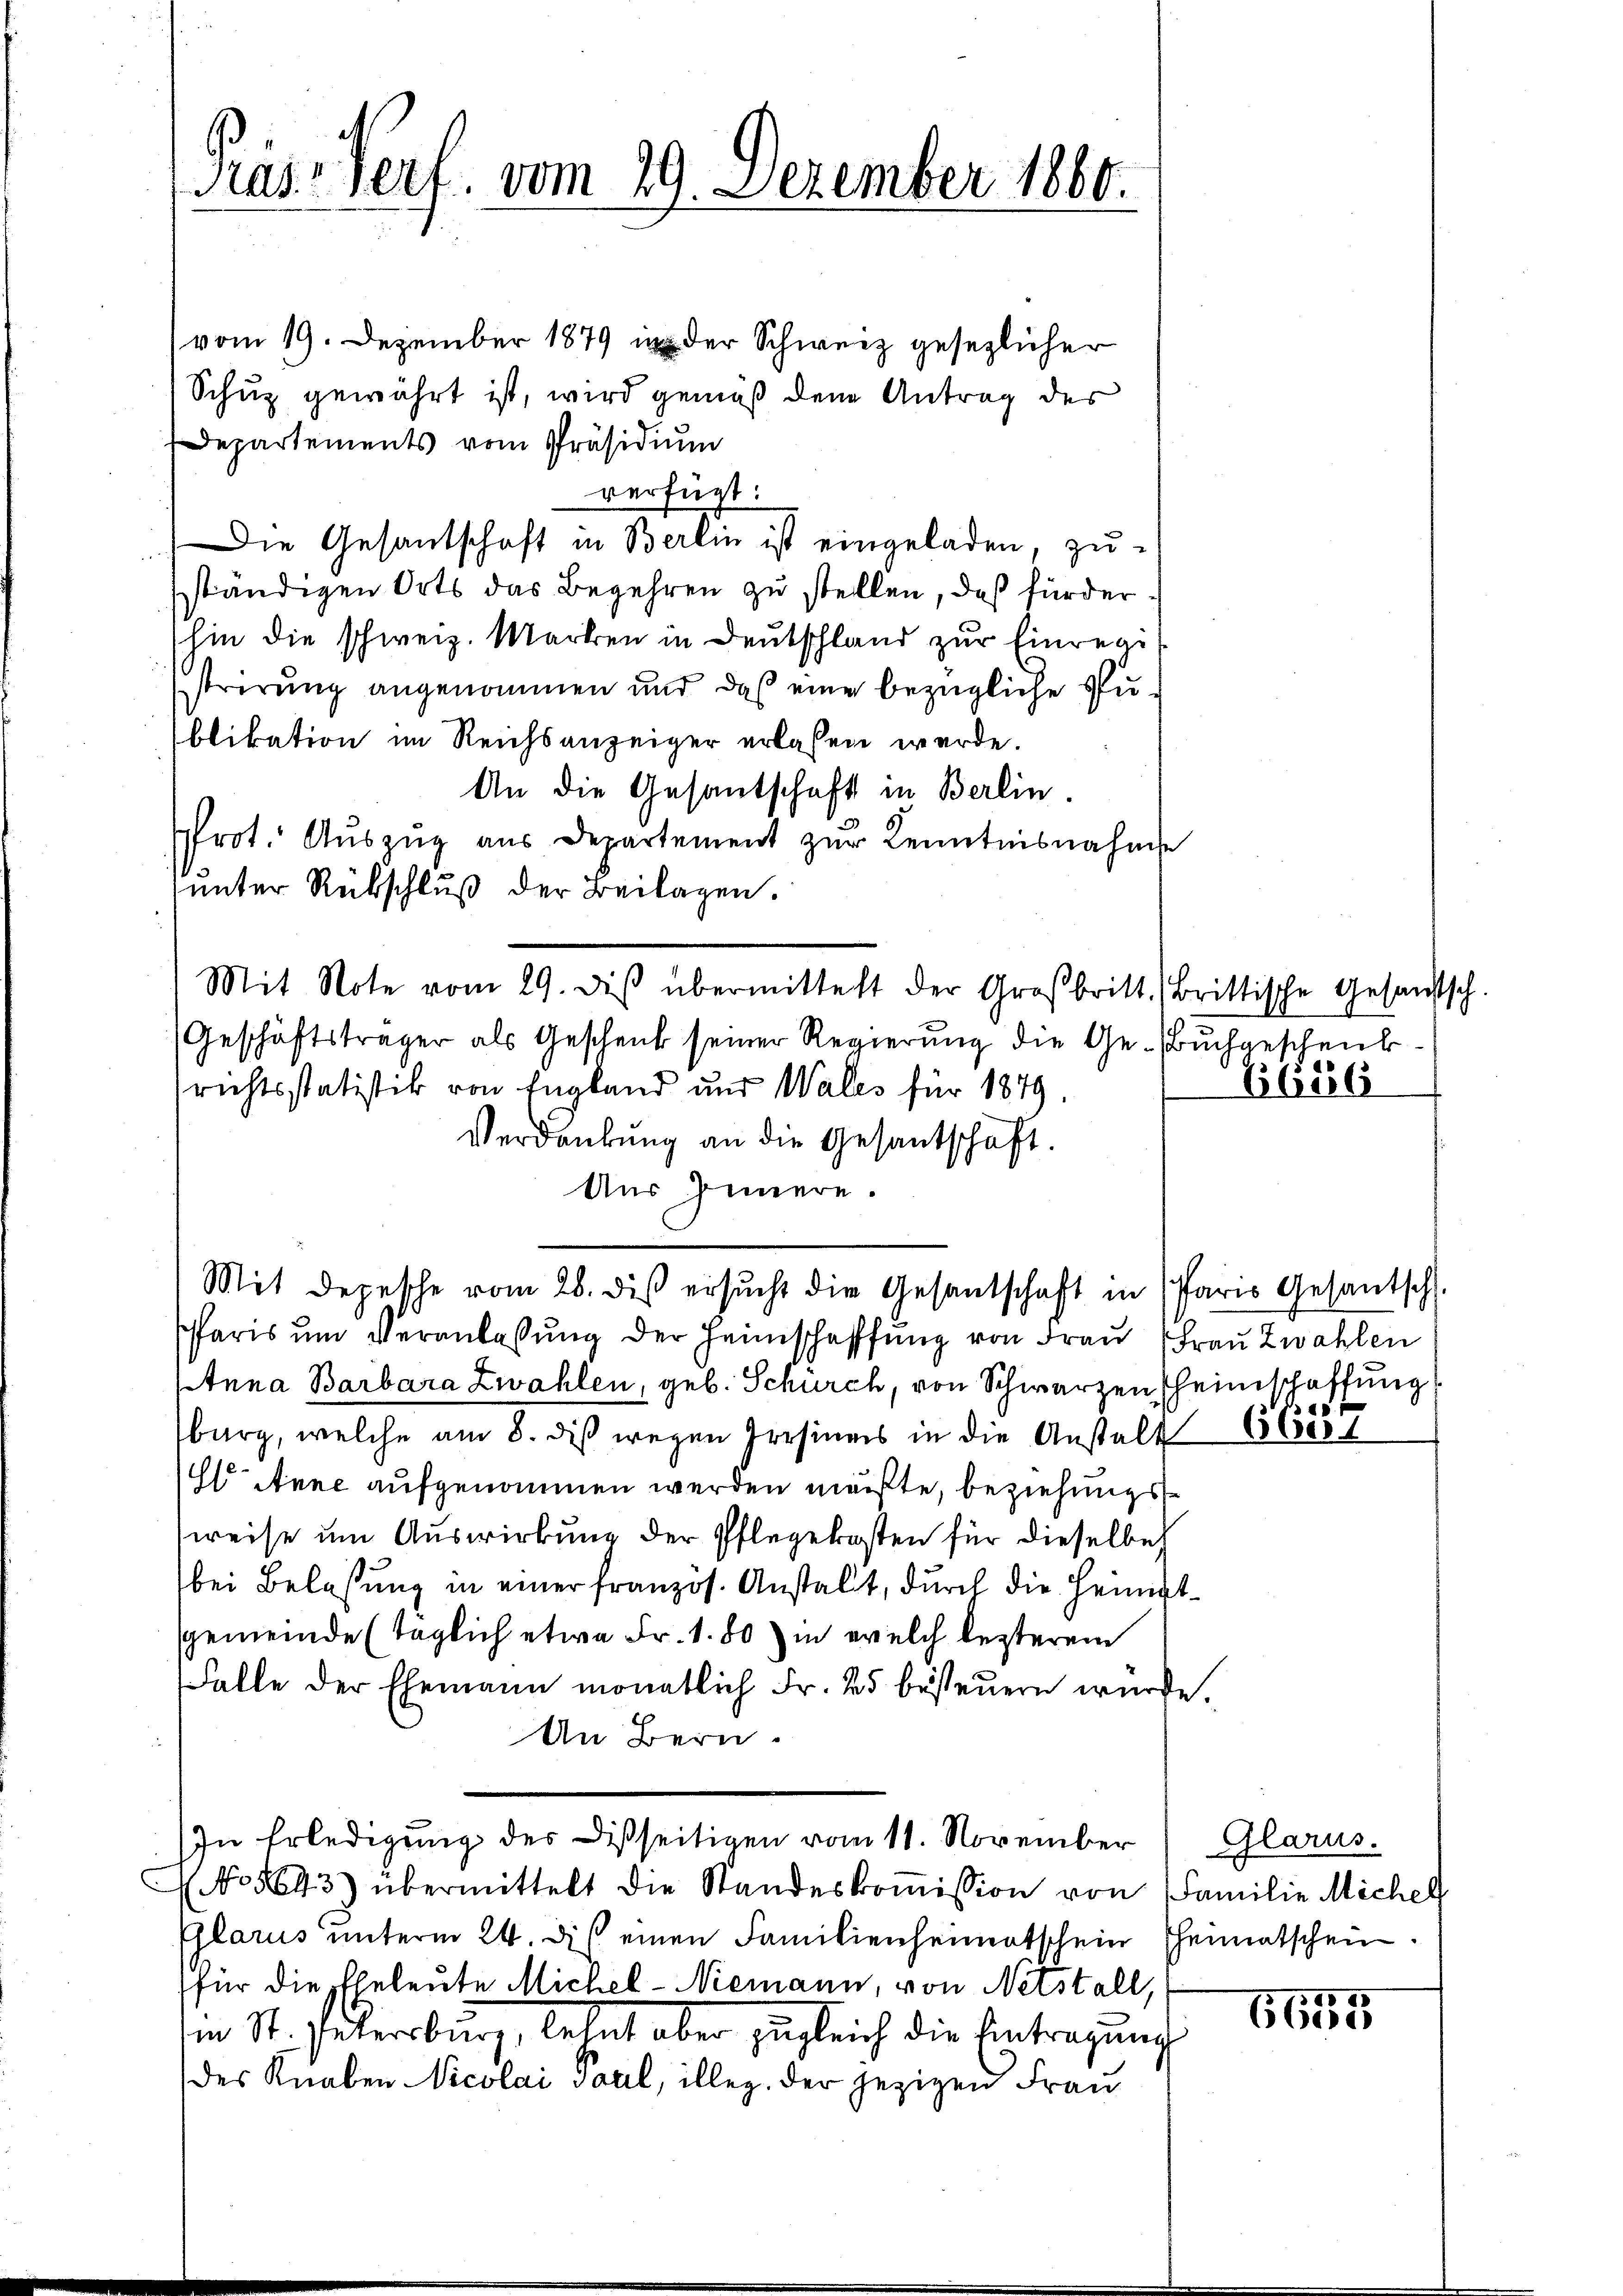
Präs. Verf. vom 29. Dezember 1860.

vom 19. Dezember 1879 in der Schweiz gesezlicher
Schuz gewährt ist, wird gemäß den Antrag des
Departements vom Präsidium
verfügt:
Die Gesantschaft in Berlin ist eingeladen, zuständigen Orts das Begehren zu stellen, daß fürderhin die schweiz. Marken in Deutschland zur Einregi
strerung angenommen und daß eine bezügliche Zublikation im Reichsanzeiger erlassen werde.
An die Gesantschaft in Berlin.
Prot. Auszug aus Departement zur Kenntnisnahme
unter Rückschluß der Beilagen.
Geschäftsträger als Geschenk seiner Regierung die Ge-Buchgeschenk
richtsstatistik von England und Wales für 1879.
Verdankŭng an die Gesantschaft.
Aus Innere.
Mit depesche vom 28. diβ ersŭcht die Gesantschaft in Paris Gesantsch.
Paris um Veranlassung der Heimschafffŭng von Frau Frau Zwahlen
Etnna Barbara Zwahlen, geb. Schurch, von Schwarzen heimschaffung
burg, welche am 8. diß wegen Prosines in die Anstalt
E Anne aufgenommen werden mußte, beziehungsweise um Auswirkung der Pflegekosten für dieselbe
bei Belassung in einer französ. Anstalt, durch die Heimptsgemeinde (täglich etwa Fr. 1. 80) in welch lezterem
Falle der Ehemann monatlich Fr. 25 besteuern wurde.
An Bern.
In Erledigung des Disseitigen vom 11. November
No 4643) übermittelt die Standeskoṁission von Familie Michel
Glarus unterm 24. dis einen Familienheimatschein Theimatschein.
für die Eheleute Michel-Niemann, von Netstall,
Im St. Petersburg, lehnt aber zugleich die Eintragung
des Knaben Nicolai Paul, illeg. Der jezigen Frau

Mit Note vom 29. diβ übermittelt der Großbritt. Brittische Gesandtsch.

66886

.

668

Glarus.

6655